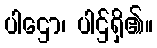
ပါဌော၊ ပါဌ်ရှိ၏။